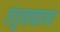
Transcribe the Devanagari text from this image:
तंतुवाद्यावर